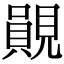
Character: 䚋